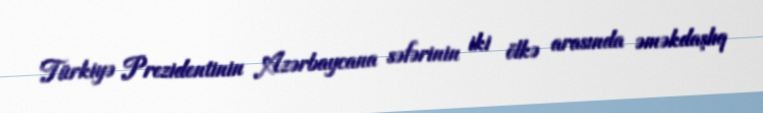
Türkiyə Prezidentinin Azərbaycana səfərinin iki ölkə arasında əməkdaşlıq